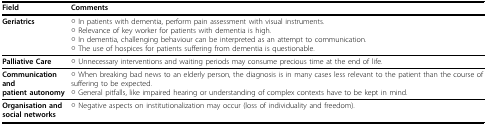
<table><thead><tr><td><b>Field</b></td><td><b>Comments</b></td></tr></thead><tbody><tr><td><b>Geriatrics</b></td><td>○ In patients with dementia, perform pain assessment with visual instruments.○ Relevance of key worker for patients with dementia is high.○ In dementia, challenging behaviour can be interpreted as an attempt to communication.○ The use of hospices for patients suffering from dementia is questionable.</td></tr><tr><td><b>Palliative Care</b></td><td>○ Unnecessary interventions and waiting periods may consume precious time at the end of life.</td></tr><tr><td><b>Communication and</b><b>patient autonomy</b></td><td>○ When breaking bad news to an elderly person, the diagnosis is in many cases less relevant to the patient than the course of suffering to be expected.○ General pitfalls, like impaired hearing or understanding of complex contexts have to be kept in mind.</td></tr><tr><td><b>Organisation and</b><b>social networks</b></td><td>○. Negative aspects on institutionalization may occur (loss of individuality and freedom).</td></tr></tbody></table>